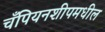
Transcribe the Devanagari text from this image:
चँपियनशीपमधील